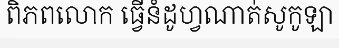
ពិភពលោក ធ្វើនំដូហ្វណាត់សូកូឡា